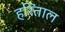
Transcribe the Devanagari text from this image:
हरिताल